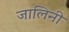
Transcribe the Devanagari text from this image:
जालिनी